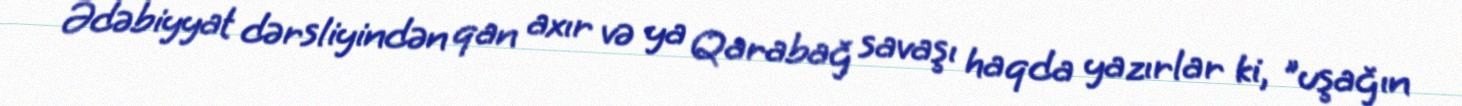
Ədəbiyyat dərsliyindən qan axır və ya Qarabağ savaşı haqda yazırlar ki, "uşağın